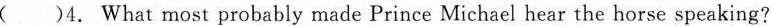
( )4. What most probably made Prince Michael hear the horse speaking?